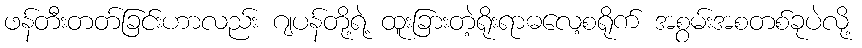
ဖန်တီးတတ်ခြင်းဟာလည်း ဂျပန်တို့ရဲ့ ထူးခြားတဲ့ရိုးရာဓလေ့စရိုက် အစွမ်းအစတစ်ခုပဲလို့